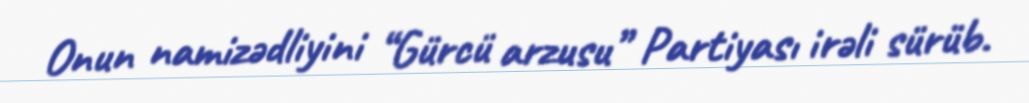
Onun namizədliyini “Gürcü arzusu” Partiyası irəli sürüb.